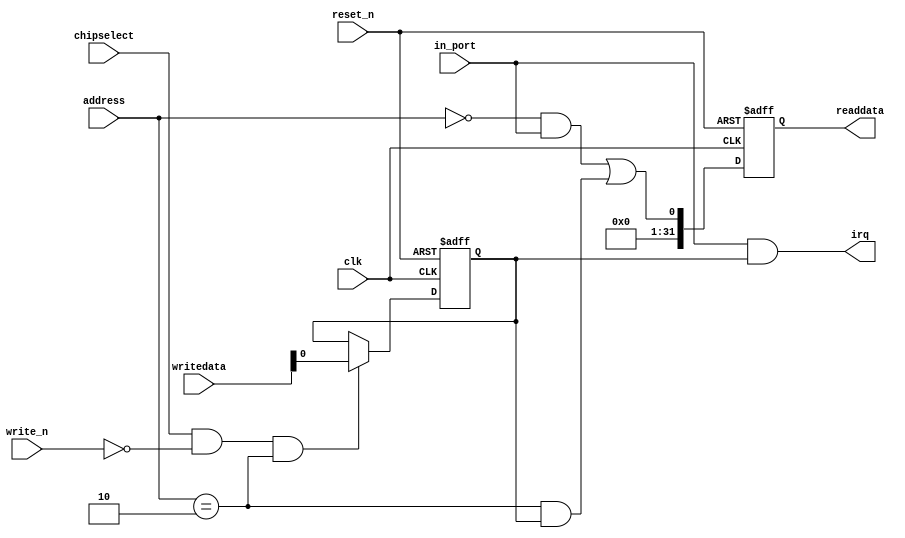
module gpio (
              // inputs:
               address,
               chipselect,
               clk,
               in_port,
               reset_n,
               write_n,
               writedata,

              // outputs:
               irq,
               readdata
            )
;

  output           irq;
  output  [ 31: 0] readdata;
  input   [  1: 0] address;
  input            chipselect;
  input            clk;
  input            in_port;
  input            reset_n;
  input            write_n;
  input   [ 31: 0] writedata;

  wire             clk_en;
  wire             data_in;
  wire             irq;
  reg              irq_mask;
  wire             read_mux_out;
  reg     [ 31: 0] readdata;
  assign clk_en = 1;
  //s1, which is an e_avalon_slave
  assign read_mux_out = ({1 {(address == 0)}} & data_in) |
    ({1 {(address == 2)}} & irq_mask);

  always @(posedge clk or negedge reset_n)
    begin
      if (reset_n == 0)
          readdata <= 0;
      else if (clk_en)
          readdata <= {{{32 - 1}{1'b0}},read_mux_out};
    end


  assign data_in = in_port;
  always @(posedge clk or negedge reset_n)
    begin
      if (reset_n == 0)
          irq_mask <= 0;
      else if (chipselect && ~write_n && (address == 2))
          irq_mask <= writedata;
    end


  assign irq = |(data_in      & irq_mask);

endmodule